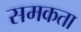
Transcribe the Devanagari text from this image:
समकता